Leningradi_Edasi_toimetus, lk 11
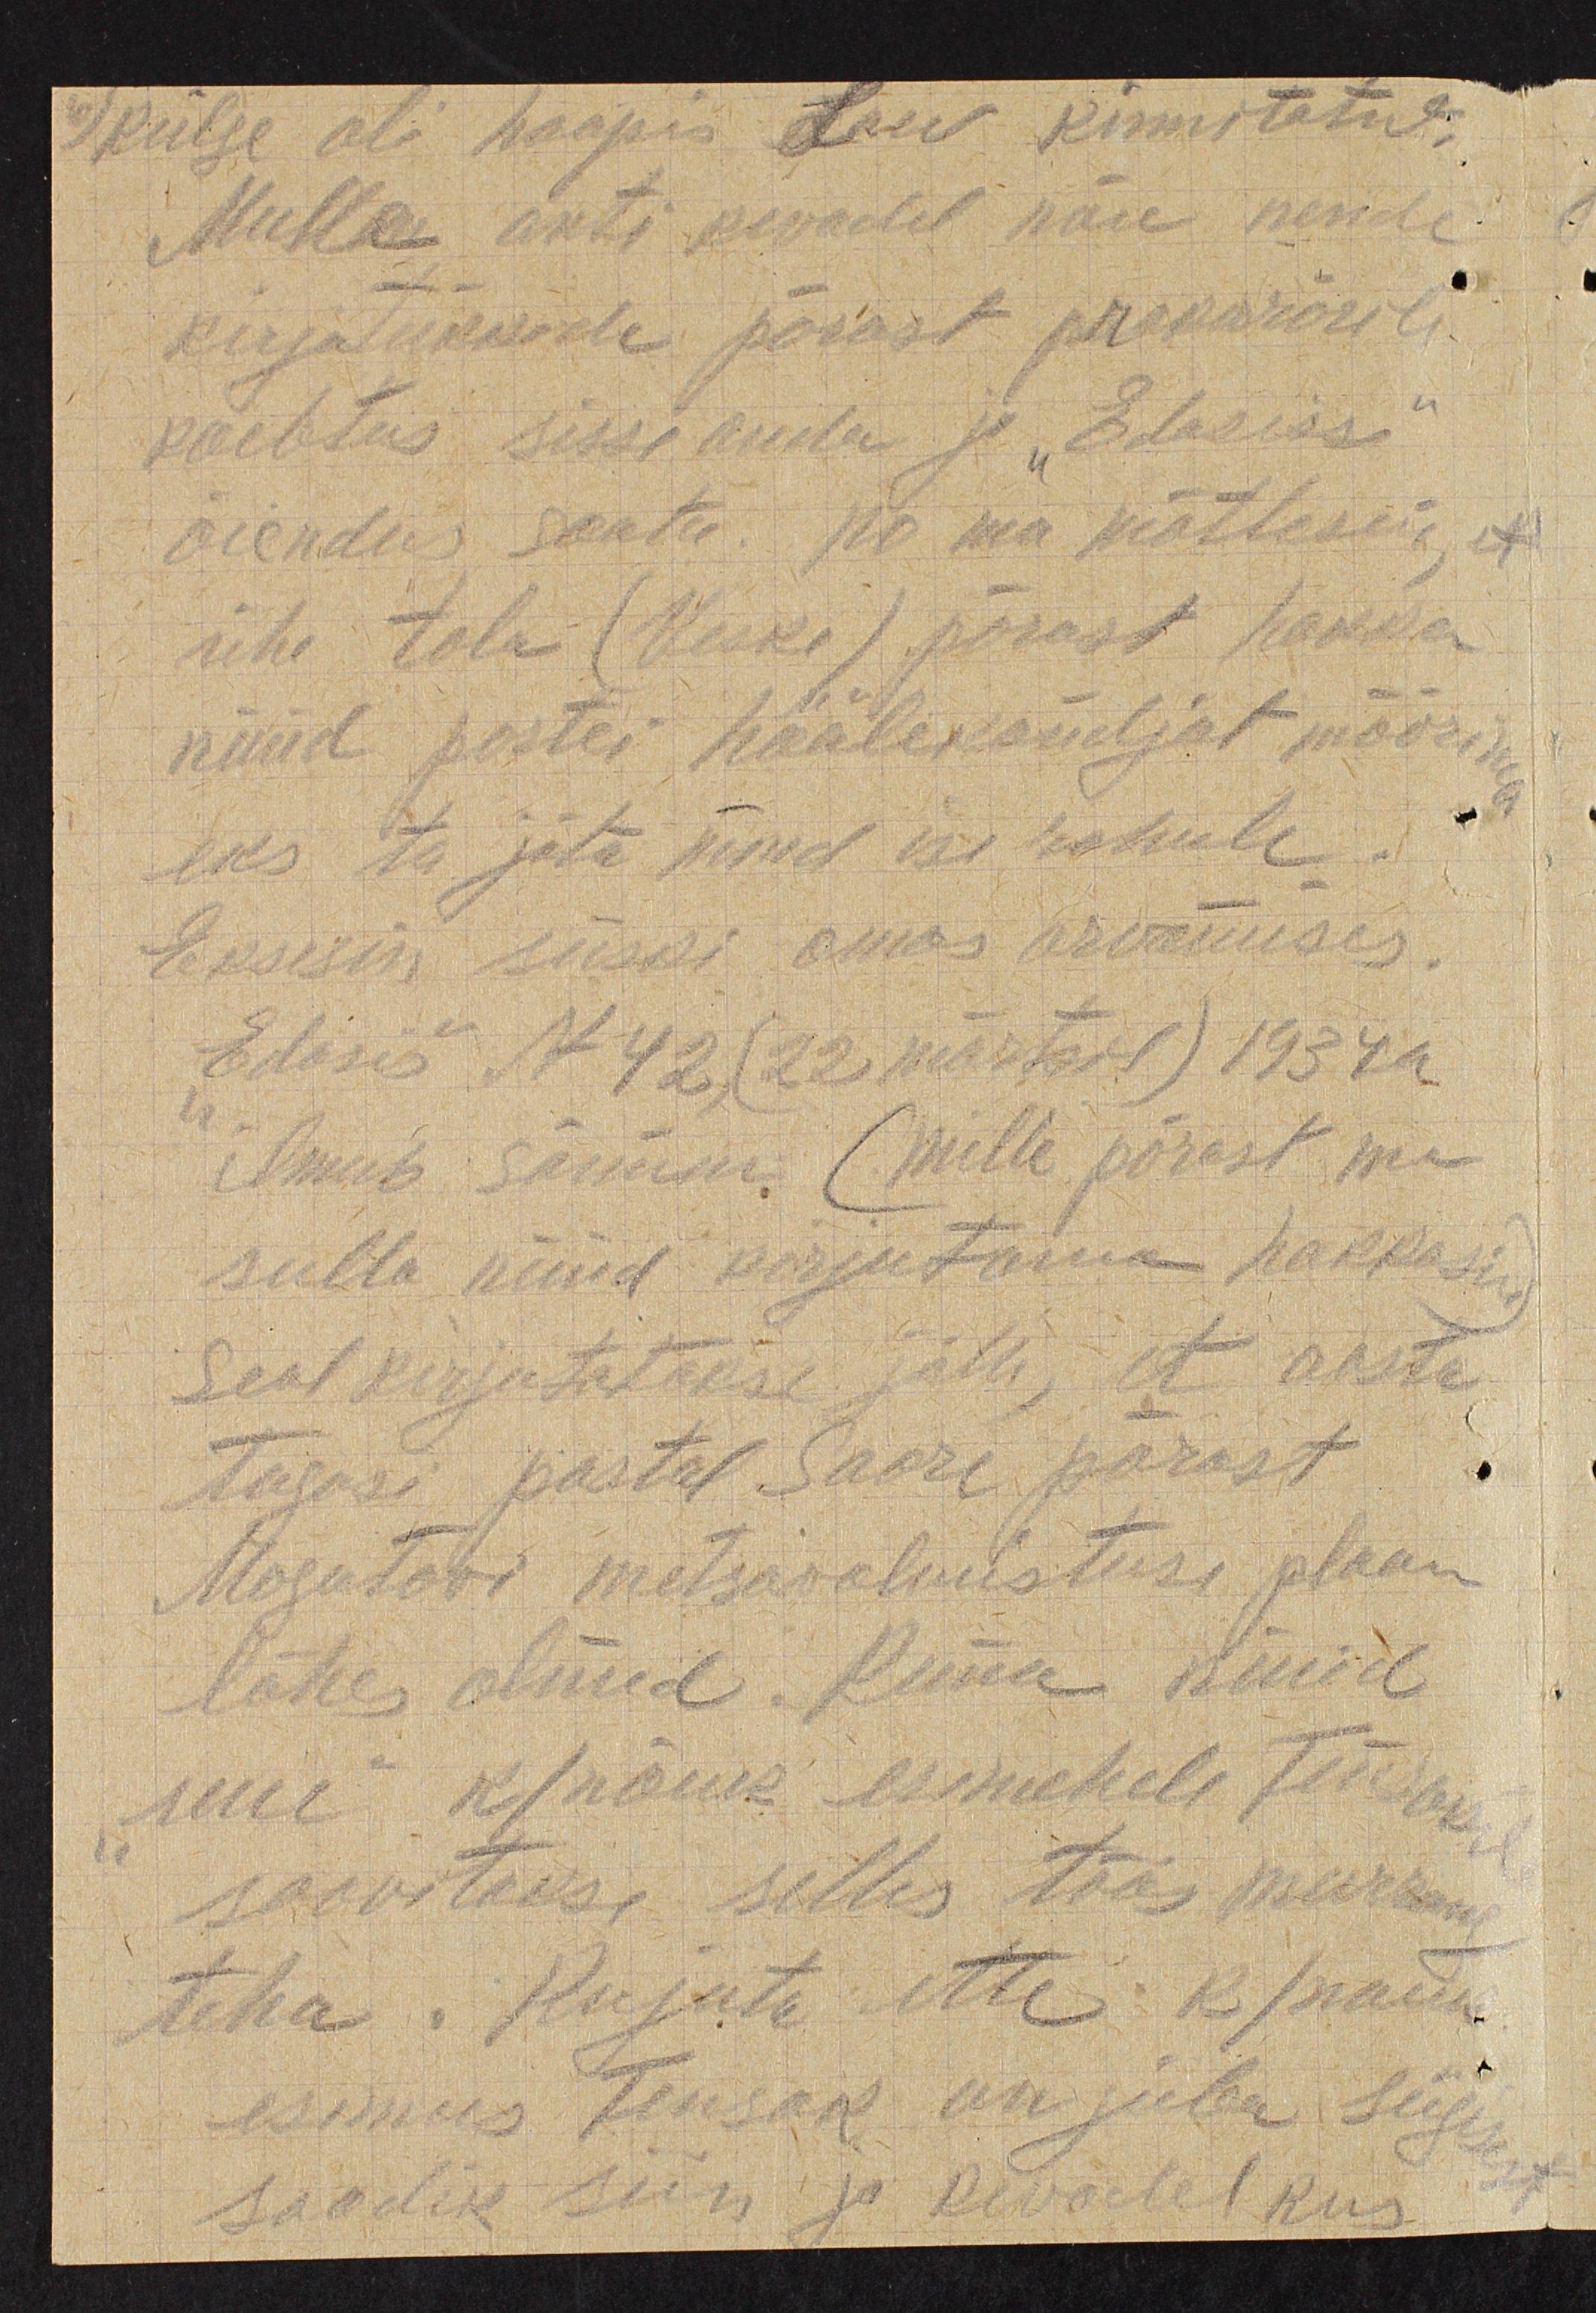
Külge oli hoopis Laev kinnitatut
Mulle anti kevadel nõu nende
kirjatükkide pärast prokurörile
kaebtus sisse anda ja "Edasis"
õiendus saata. No ma mõtlesin, et
ühe tolk (Veske) pärast hakka
nüüd partei häälekandjat määrima
eks ta jäta nüüd ise rahule.
Eksisin siiski omas arvamuses.
Edasis N 42 (22 märtsil) 1934a.
ilmub sõnum (Mille pärast ma
sulla nüüd kirjutama hakkasin)
Seal kirjutatakse jälle, et aasta
tagasi pastal Saare pärast
Mogotovi metsawalmistuse plaan
lähes olnud. Kuna nüüd
uue k/nõuk. esimehele teiseks
soovitakse selles töös murrang
teha. Kujuta ette k./nõuk.
esimees Tensak on juba sügisest
saadik siin ja kewadel kus